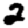
Digit: 2